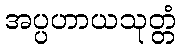
အပ္ပဟာယသုတ္တံ